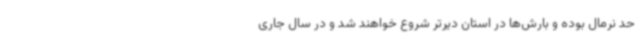
حد نرمال بوده و بارش‌ها در استان دیرتر شروع خواهند شد و در سال جاری